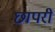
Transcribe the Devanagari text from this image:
छापरी